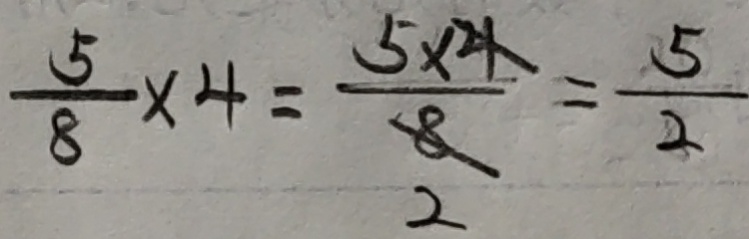
\frac { 5 } { 8 } \times 4 = \frac { 5 \times 4 } { 8 } = \frac { 5 } { 2 }